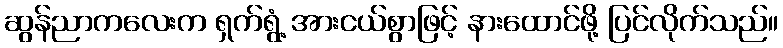
ဆွန်ညာကလေးက ရှက်ရွံ့ အားငယ်စွာဖြင့် နားထောင်ဖို့ ပြင်လိုက်သည်။